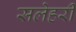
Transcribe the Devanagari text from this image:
सलेहरी